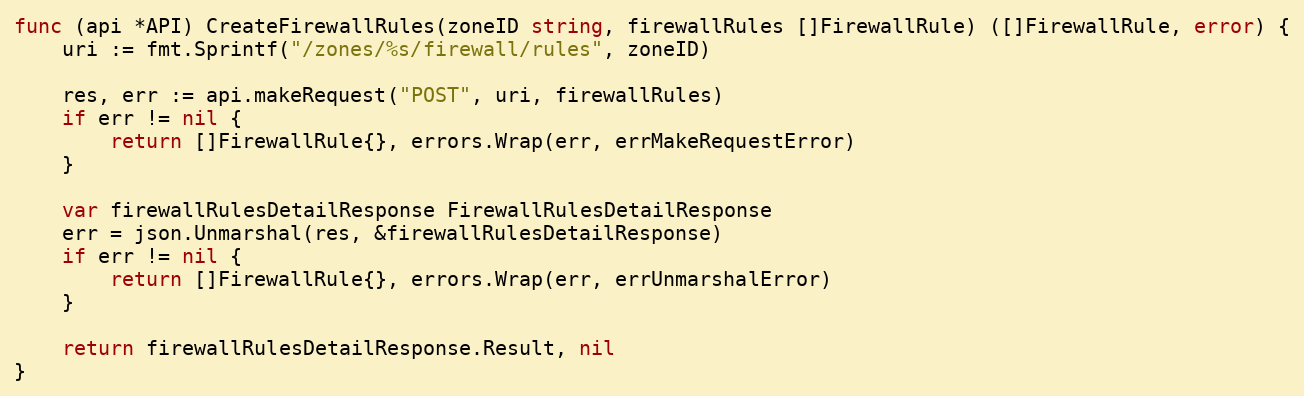
Language: Go
func (api *API) CreateFirewallRules(zoneID string, firewallRules []FirewallRule) ([]FirewallRule, error) {
	uri := fmt.Sprintf("/zones/%s/firewall/rules", zoneID)

	res, err := api.makeRequest("POST", uri, firewallRules)
	if err != nil {
		return []FirewallRule{}, errors.Wrap(err, errMakeRequestError)
	}

	var firewallRulesDetailResponse FirewallRulesDetailResponse
	err = json.Unmarshal(res, &firewallRulesDetailResponse)
	if err != nil {
		return []FirewallRule{}, errors.Wrap(err, errUnmarshalError)
	}

	return firewallRulesDetailResponse.Result, nil
}